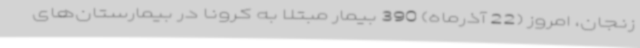
زنجان، امروز (22 آذرماه) 390 بیمار مبتلا به کرونا در بیمارستان‌های